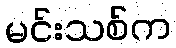
မင်းသစ်က